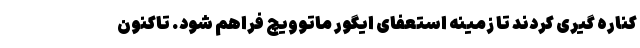
کناره گیری کردند تا زمینه استعفای ایگور ماتوویچ فراهم شود. تاکنون